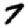
Digit: 7